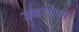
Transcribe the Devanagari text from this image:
उजाडेल